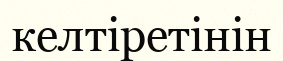
келтіретінін